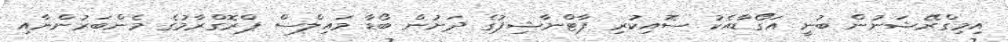
އިމިގްރޭޝަނުން ބުނީ އަގޯޑާއެކު ސޮއިކުރި ޕާޓްނާޝިޕުގެ ދަށުން ބޯޑާ މައިލްސް ޕްރޮގްރާމުގެ މެންބަރުންނާއި